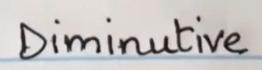
Diminutive